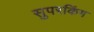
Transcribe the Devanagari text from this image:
सुपरकिंग